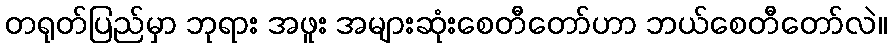
တရုတ်ပြည်မှာ ဘုရား အဖူး အများဆုံးစေတီတော်ဟာ ဘယ်စေတီတော်လဲ။